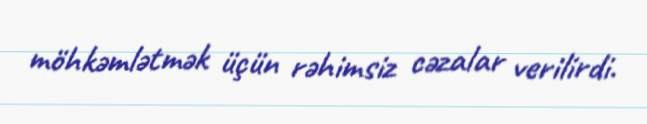
möhkəmlətmək üçün rəhimsiz cəzalar verilirdi.